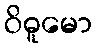
ဝိဓူမော